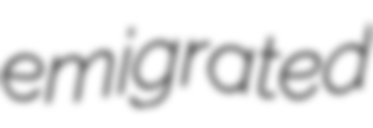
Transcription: emigrated